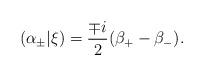
LaTeX: \begin{align*} (\alpha_\pm|\xi) = \frac{\mp i}{2} (\beta_+ - \beta_-).\end{align*}